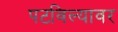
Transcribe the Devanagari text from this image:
पटविल्यावर